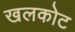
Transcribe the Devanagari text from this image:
खलकोट